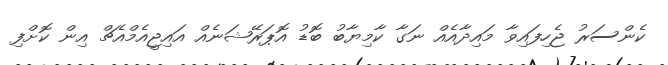
ކެންސަރު ޖެހިފައިވާ މައިދާއެއް ނަގާ ކާމިޔާބު ބޮޑު އޮޕަރޭޝަނެއް އައިޖީއެމްއެޗް އިން ކޮށްފި